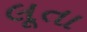
લૂતા